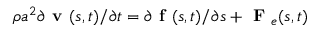
\rho a ^ { 2 } \partial \textbf { v } ( s , t ) / \partial t = \partial \textbf { f } ( s , t ) / \partial s + \textbf { F } _ { e } ( s , t )